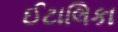
ઈટાલિકા